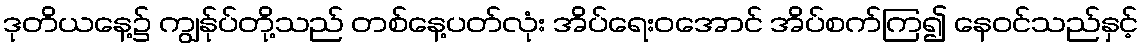
ဒုတိယနေ့၌ ကျွန်ုပ်တို့သည် တစ်နေ့ပတ်လုံး အိပ်ရေးဝအောင် အိပ်စက်ကြ၍ နေဝင်သည်နှင့်